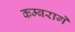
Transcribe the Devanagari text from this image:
कम्बरागे